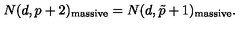
N ( d , p + 2 ) _ { \mathrm { m a s s i v e } } = N ( d , \tilde { p } + 1 ) _ { \mathrm { m a s s i v e } } .